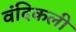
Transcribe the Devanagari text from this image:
वंदिकली